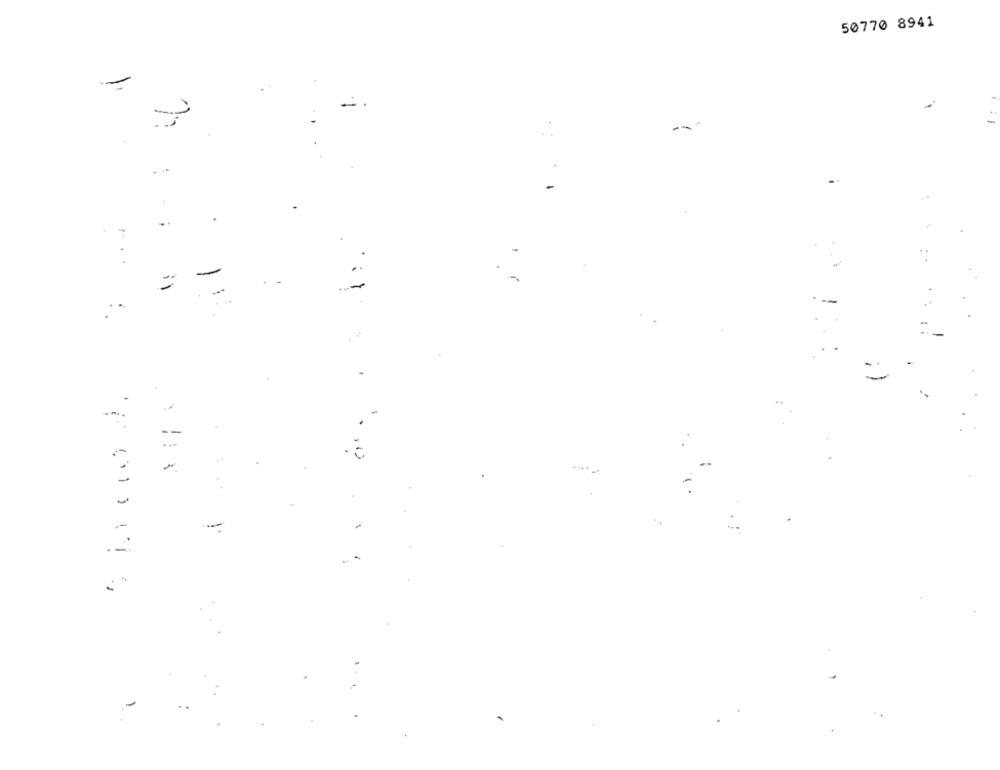
50770 8941
=
-